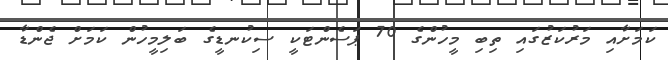
ކަމަށާއި މަރުކަޒުގައި ތިބި މީހުންގެ 70 ޕަސެންޓަކީ ސިކުނޑީގެ ބަލިމީހުން ކަމަށް ޖެންޑާ